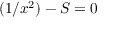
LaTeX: ( 1 / x ^ { 2 } ) - S = 0